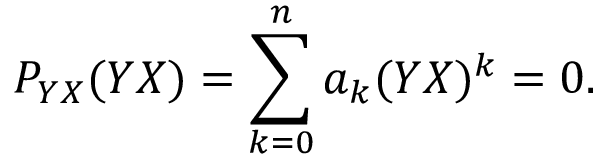
{ \cal P } _ { Y X } ( Y X ) = \sum _ { k = 0 } ^ { n } a _ { k } ( Y X ) ^ { k } = 0 .